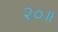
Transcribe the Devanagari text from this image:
२०॥